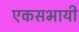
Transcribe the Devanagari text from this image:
एकसभायी